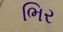
ભિર